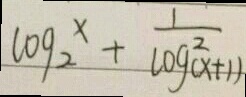
\log _ { 2 } ^ { x } + \frac { 1 } { \log _ { ( x + 1 ) } ^ { 2 } }